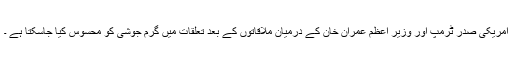
امریکی صدر ٹرمپ اور وزیر اعظم عمران خان کے درمیان ملاقاتوں کے بعد تعلقات میں گرم جوشی کو محسوس کیا جاسکتا ہے ۔